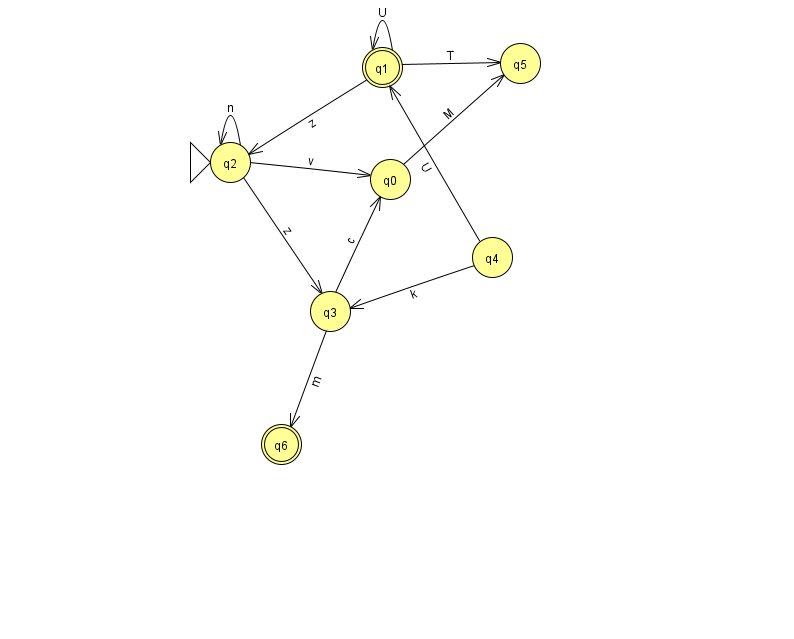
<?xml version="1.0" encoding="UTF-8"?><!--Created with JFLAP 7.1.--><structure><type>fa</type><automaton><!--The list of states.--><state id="0" name="q0"><x>390.0</x><y>166.0</y></state><state id="1" name="q1"><x>382.0</x><y>54.0</y><final/></state><state id="2" name="q2"><x>230.0</x><y>149.0</y><initial/></state><state id="3" name="q3"><x>330.0</x><y>298.0</y></state><state id="4" name="q4"><x>492.0</x><y>244.0</y></state><state id="5" name="q5"><x>520.0</x><y>50.0</y></state><state id="6" name="q6"><x>281.0</x><y>431.0</y><final/></state><!--The list of transitions.--><transition><from>0</from><to>5</to><read>M</read></transition><transition><from>2</from><to>0</to><read>v</read></transition><transition><from>1</from><to>5</to><read>T</read></transition><transition><from>1</from><to>1</to><read>U</read></transition><transition><from>3</from><to>0</to><read>c</read></transition><transition><from>1</from><to>2</to><read>z</read></transition><transition><from>4</from><to>1</to><read>U</read></transition><transition><from>2</from><to>3</to><read>z</read></transition><transition><from>4</from><to>3</to><read>k</read></transition><transition><from>2</from><to>2</to><read>n</read></transition><transition><from>3</from><to>6</to><read>m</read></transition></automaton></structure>